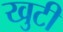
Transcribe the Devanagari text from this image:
खुटी